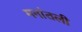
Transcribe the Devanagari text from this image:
मनांतली